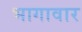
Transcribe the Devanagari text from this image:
भागावार